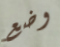
وضع